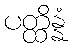
ပတ္ထိန္နံ